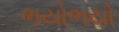
ભયોભયો